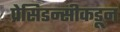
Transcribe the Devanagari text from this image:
प्रेसिडन्सीकडून